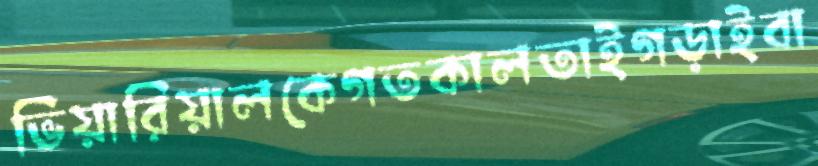
ভিয়ারিয়ালকেগতকালতাইগড়াইবা